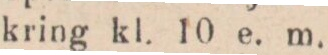
kring kl. 10 e. m.